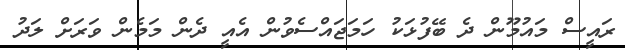
ރައީސް މައުމޫން ދެ ބޭފުޅަކު ހަމަޖައްސެވުން އެއީ ދެން މަމެން ވަރަށް ލަދު